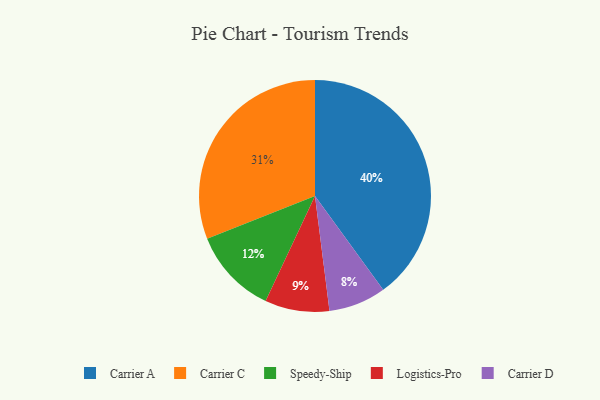
{"axis": {"x": "Category", "y": "Percentage"}, "legend": ["Carrier A", "Carrier C", "Carrier D", "Logistics-Pro", "Speedy-Ship"], "data": [{"x": "Carrier D", "y": 8, "type": "Carrier D"}, {"x": "Carrier A", "y": 40, "type": "Carrier A"}, {"x": "Logistics-Pro", "y": 9, "type": "Logistics-Pro"}, {"x": "Carrier C", "y": 31, "type": "Carrier C"}, {"x": "Speedy-Ship", "y": 12, "type": "Speedy-Ship"}]}